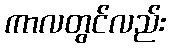
ကာလတွင်လည်း